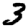
Digit: 3